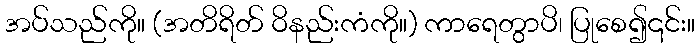
အပ်သည်ကို။ (အတိရိတ် ဝိနည်းကံကို။) ကာရေတွာပိ၊ ပြုစေ၍၎င်း။